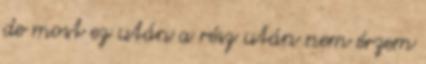
de most ez után a rész után nem érzem